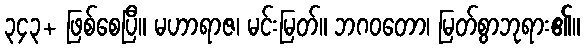
၃၄၃+ ဖြစ်စေပြီ။ မဟာရာဇ၊ မင်းမြတ်။ ဘဂဝတော၊ မြတ်စွာဘုရား၏။